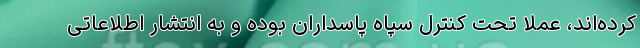
کرده‌اند، عملاً تحت کنترل سپاه پاسداران بوده و به انتشار اطلاعاتی